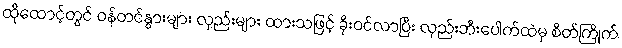
ထိုထောင့်တွင် ဝန်တင်နွားများ လှည်းများ ထားသဖြင့် ခိုးဝင်လာပြီး လှည်းဘီးပေါက်ထဲမှ စိတ်ကြိုက်